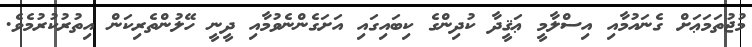
މުޖުތަމަޢަށް ގެނައުމާއި އިސްލާމީ ޢަޤީދާ ކުދިންގެ ކިބައިގައި އަށަގެންނެވުމާއި ދީނީ ހޭލުންތެރިކަން އިތުރުކުރުމެވެ.